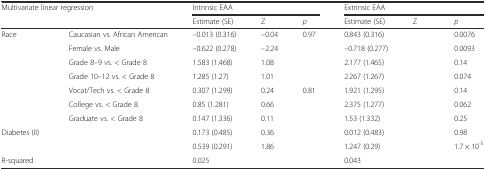
<table><thead><tr><td colspan="2"><b>Multivariate linear regression</b></td><td colspan="3"><b>Intrinsic EAA</b></td><td colspan="3"><b>Extrinsic EAA</b></td></tr><tr><td>[EMPTY_CELL]</td><td>[EMPTY_CELL]</td><td><b>Estimate (SE)</b></td><td><b>Z</b></td><td><b><i>p</i></b></td><td><b>Estimate (SE)</b></td><td><b>Z</b></td><td><b><i>p</i></b></td></tr></thead><tbody><tr><td>Race</td><td>Caucasian vs. African American</td><td>–0.013 (0.316)</td><td>–0.04</td><td>0.97</td><td>0.843 (0.316)</td><td>[EMPTY_CELL]</td><td>0.0076</td></tr><tr><td>[EMPTY_CELL]</td><td>Female vs. Male</td><td>–0.622 (0.278)</td><td>–2.24</td><td>[EMPTY_CELL]</td><td>–0.718 (0.277)</td><td>[EMPTY_CELL]</td><td>0.0093</td></tr><tr><td>[EMPTY_CELL]</td><td>Grade 8–9 vs. &lt; Grade 8</td><td>1.583 (1.468)</td><td>1.08</td><td>[EMPTY_CELL]</td><td>2.177 (1.465)</td><td>[EMPTY_CELL]</td><td>0.14</td></tr><tr><td>[EMPTY_CELL]</td><td>Grade 10–12 vs. &lt; Grade 8</td><td>1.285 (1.27)</td><td>1.01</td><td>[EMPTY_CELL]</td><td>2.267 (1.267)</td><td>[EMPTY_CELL]</td><td>0.074</td></tr><tr><td>[EMPTY_CELL]</td><td>Vocat/Tech vs. &lt; Grade 8</td><td>0.307 (1.299)</td><td>0.24</td><td>0.81</td><td>1.921 (1.295)</td><td>[EMPTY_CELL]</td><td>0.14</td></tr><tr><td>[EMPTY_CELL]</td><td>College vs. &lt; Grade 8</td><td>0.85 (1.281)</td><td>0.66</td><td>[EMPTY_CELL]</td><td>2.375 (1.277)</td><td>[EMPTY_CELL]</td><td>0.062</td></tr><tr><td>[EMPTY_CELL]</td><td>Graduate vs. &lt; Grade 8</td><td>0.147 (1.336)</td><td>0.11</td><td>[EMPTY_CELL]</td><td>1.53 (1.332)</td><td>[EMPTY_CELL]</td><td>0.25</td></tr><tr><td>Diabetes (II)</td><td>[EMPTY_CELL]</td><td>0.173 (0.485)</td><td>0.36</td><td>[EMPTY_CELL]</td><td>0.012 (0.483)</td><td>[EMPTY_CELL]</td><td>0.98</td></tr><tr><td>[EMPTY_CELL]</td><td>[EMPTY_CELL]</td><td>0.539 (0.291)</td><td>1.86</td><td>[EMPTY_CELL]</td><td>1.247 (0.29)</td><td>[EMPTY_CELL]</td><td>1.7 × 10<sup>-5</sup></td></tr><tr><td>R-squared</td><td>[EMPTY_CELL]</td><td>0.025</td><td>[EMPTY_CELL]</td><td>[EMPTY_CELL]</td><td>0.043</td><td>[EMPTY_CELL]</td><td>[EMPTY_CELL]</td></tr></tbody></table>